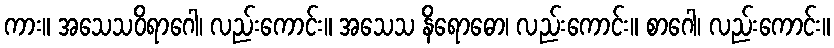
ကား။ အသေသဝိရာဂေါ၊ လည်းကောင်း။ အသေသ နိရောဓော၊ လည်းကောင်း။ စာဂေါ၊ လည်းကောင်း။